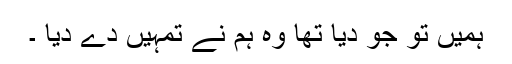
ہمیں تو جو دیا تھا وہ ہم نے تمہیں دے دیا ۔